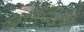
ઢાળવાનો